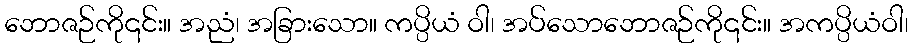
ဘောဇဉ်ကို၎င်း။ အညံ၊ အခြားသော။ ကပ္ပိယံ ဝါ၊ အပ်သောဘောဇဉ်ကို၎င်း။ အကပ္ပိယံဝါ၊